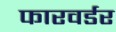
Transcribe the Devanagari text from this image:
फारवर्डर